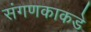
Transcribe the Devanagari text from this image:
संगणकाकडे